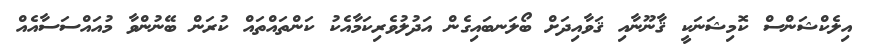
އިލެކްޝަންސް ކޮމިޝަނަކީ ޤާނޫނާއި ޤަވާއިދަށް ބޯލަނބައިގެން އަދުލުވެރިކަމާއެކު ކަންތައްތައް ކުރަން ބޭނުންވާ މުއައްސަސާއެއް